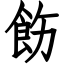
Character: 飭